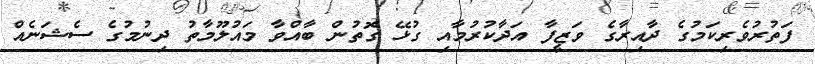
ފަތުރުވެރިކަމުގެ ދާއިރާގެ ވަޒީފާ އަދާކުރުމާއި ގުޅޭ ގޮތުން ބާއްވާ މައުލޫމާތު ދިނުމުގެ ސެޝަނެއް